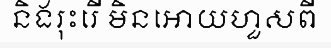
និងរុះរើ មិនអោយហួសពី